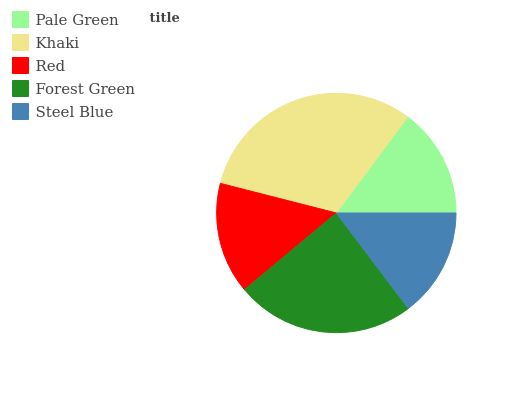
| Pale Green | Khaki | Red | Forest Green | Steel Blue |
 | --- | --- | --- | --- | --- |
 | 14.8% | 31.2% | 15.1% | 24.2% | 14.7% |